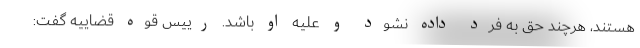
هستند، هرچند حق به فرد داده نشود و علیه او باشد. رییس قوه قضاییه گفت: